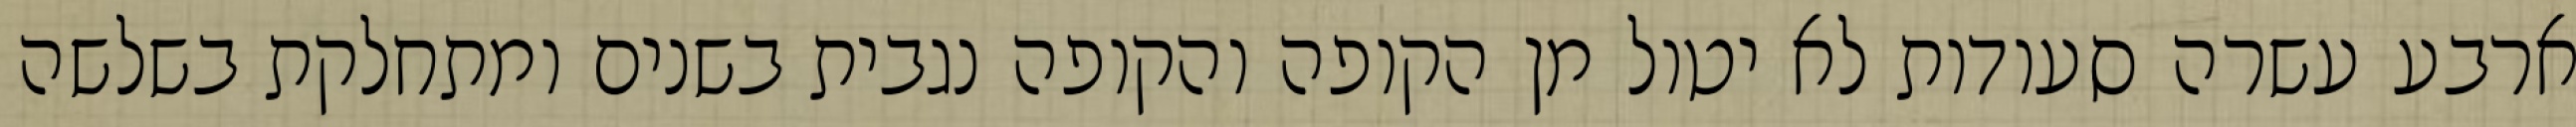
ארבע עשרה סעודות לא יטול מן הקופה והקופה נגבית בשנים ומתחלקת בשלשה